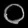
Digit: ၀